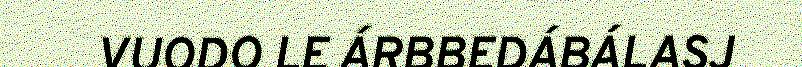
VUODO LE ÁRBBEDÁBÁLASJ